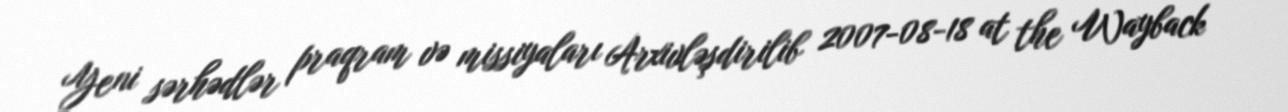
Yeni sərhədlər praqram və missiyaları Arxivləşdirilib 2007-08-18 at the Wayback